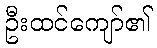
ဦးထင်ကျော်၏